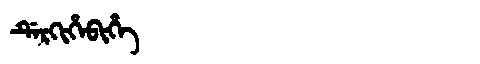
Manchu: ᡩᡝᡵᡴᡳᡥᡝᠪᡳᡥᡝ
Romanization: DERKIHEBIHE